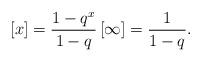
LaTeX: \begin{align*}\left[ x\right] =\frac{1-q^{x}}{1-q}\left[ \infty \right] =\frac{1}{1-q}. \end{align*}